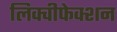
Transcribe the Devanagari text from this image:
लिक्वीफेक्शन